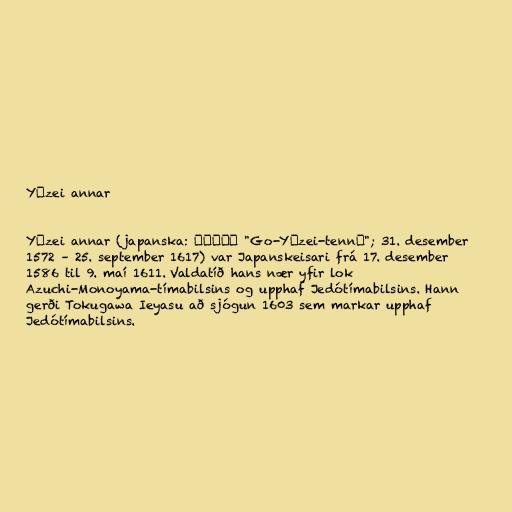
Yōzei annar

Yōzei annar (japanska: 後陽成天皇 "Go-Yōzei-tennō"; 31. desember
1572 – 25. september 1617) var Japanskeisari frá 17. desember
1586 til 9. maí 1611. Valdatíð hans nær yfir lok
Azuchi-Monoyama-tímabilsins og upphaf Jedótímabilsins. Hann
gerði Tokugawa Ieyasu að sjógun 1603 sem markar upphaf
Jedótímabilsins.